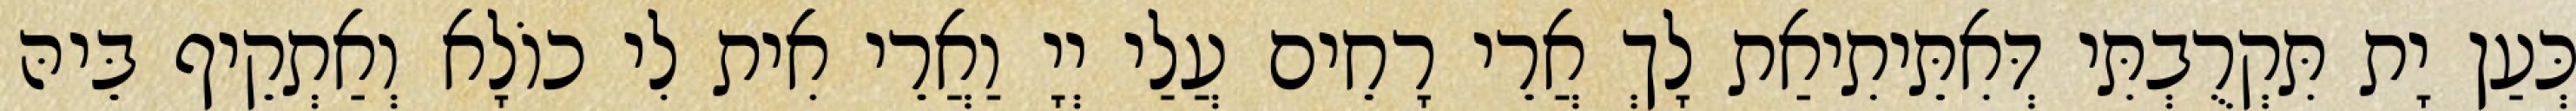
כְּעַן יָת תִּקְרֻבְתִּי דְּאִתֵּיתִיאַת לָךְ אֲרֵי רָחֵים עֲלַי יְיָ וַאֲרֵי אִית לִי כוֹלָא וְאַתְקֵיף בֵּיהּ